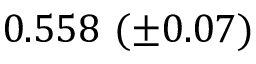
0 . 5 5 8 \ ( \pm 0 . 0 7 )